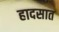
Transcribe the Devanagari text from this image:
हादसात